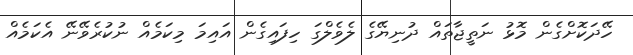
ހޭދަކޮށްގެން މޮޅު ނަތީޖާތައް ދުނިޔޭގެ ލެވެލްގަ ހިފައިގެން އައިމަ މިކަމެއް ނުކުރެވޭނޭ އެކަމެއް